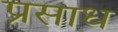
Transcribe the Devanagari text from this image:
प्रसाध